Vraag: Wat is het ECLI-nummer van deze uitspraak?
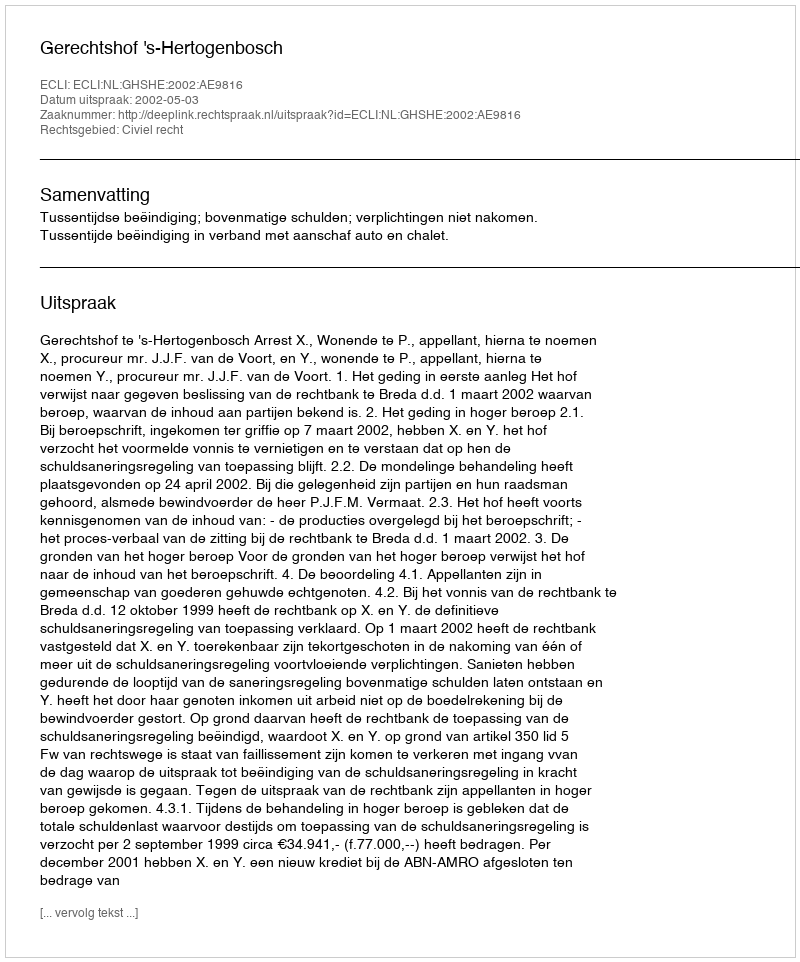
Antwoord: ECLI:NL:GHSHE:2002:AE9816